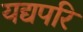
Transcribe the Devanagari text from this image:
यद्यपरि